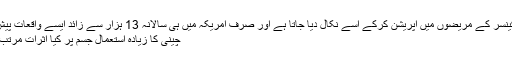
حلق کے کینسر کے مریضوں میں آپریشن کرکے اسے نکال دیا جاتا ہے اور صرف امریکہ میں ہی سالانہ 13 ہزار سے زائد ایسے واقعات پیش آتے ہیں.
چینی کا زیادہ استعمال جسم پر کیا اثرات مرتب کرتا ہے؟